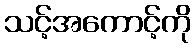
သင့်အကောင့်ကို